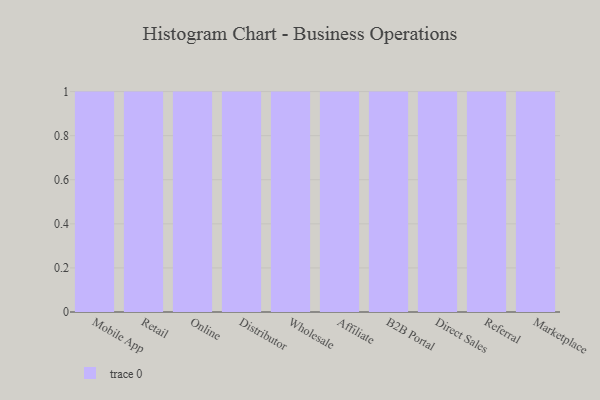
{"axis": {"x": "Channel", "y": "Conversion Rate (%)"}, "legend": [""], "data": [{"x": "Mobile App", "y": 54, "type": ""}, {"x": "Retail", "y": 70, "type": ""}, {"x": "Online", "y": 16, "type": ""}, {"x": "Distributor", "y": 58, "type": ""}, {"x": "Wholesale", "y": 82, "type": ""}, {"x": "Affiliate", "y": 96, "type": ""}, {"x": "B2B Portal", "y": 21, "type": ""}, {"x": "Direct Sales", "y": 13, "type": ""}, {"x": "Referral", "y": 1, "type": ""}, {"x": "Marketplace", "y": 48, "type": ""}]}